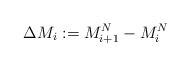
\begin{align*}\Delta M_i:= M^{N}_{i+1}-M^{N}_i\end{align*}